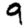
Digit: 9